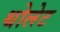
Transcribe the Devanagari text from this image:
थोलेट